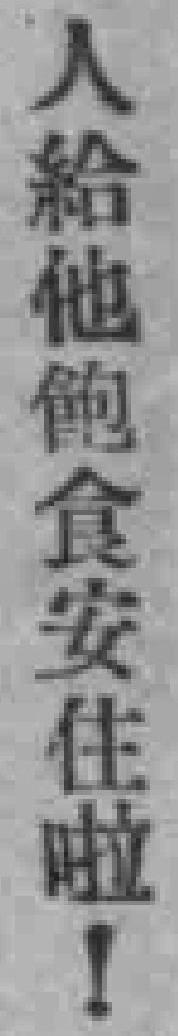
人給他飽食安住啦！